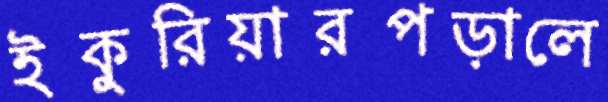
ইকুরিয়ারপড়ালে